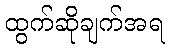
ထွက်ဆိုချက်အရ